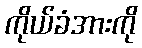
ကိုယ်ခံအားကို